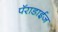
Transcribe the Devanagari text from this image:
पॅराडाईज